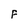
Character: F